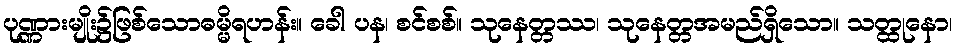
ပုဏ္ဏားမျိုး၌ဖြစ်သောဓမ္မိရဟန်း။ ခေါ ပန၊ စင်စစ်။ သုနေတ္တဿ၊ သုနေတ္တအမည်ရှိသော။ သတ္ထုနော၊